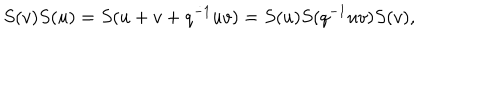
S ( v ) S ( u ) = S ( u + v + q ^ { - 1 } u v ) = S ( u ) S ( q ^ { - 1 } u v ) S ( v ) ,